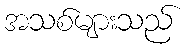
အသစ်များသည်